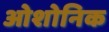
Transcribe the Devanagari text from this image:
ओशोनिक